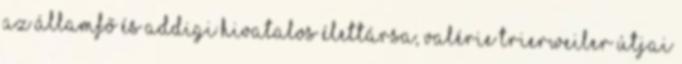
az államfő és addigi hivatalos élettársa, Valérie Trierweiler útjai